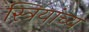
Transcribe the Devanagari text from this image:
स्त्रियांच्य